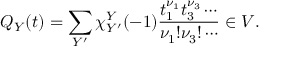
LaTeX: Q _ { Y } ( t ) = \sum _ { Y ^ { \prime } } \chi _ { Y ^ { \prime } } ^ { Y } ( - 1 ) \frac { t _ { 1 } ^ { \nu _ { 1 } } t _ { 3 } ^ { \nu _ { 3 } } \cdots } { \nu _ { 1 } ! \nu _ { 3 } ! \cdots } \in V .